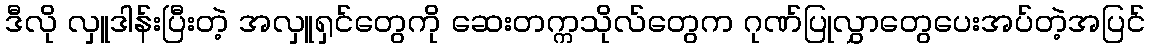
ဒီလို လှူဒါန်းပြီးတဲ့ အလှူရှင်တွေကို ဆေးတက္ကသိုလ်တွေက ဂုဏ်ပြုလွှာတွေပေးအပ်တဲ့အပြင်